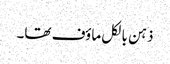
ذہن بالکل ماؤف تھا۔